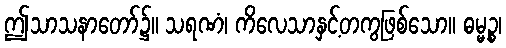
ဤသာသနာတော်၌။ သရဏံ၊ ကိလေသာနှင့်တကွဖြစ်သော။ ဓမ္မဉ္စ၊